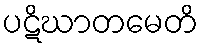
ပဋိဃာတမေတိ